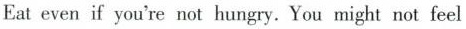
Eat even if you're not hungry. You might not feel